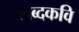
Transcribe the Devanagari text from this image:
शब्दकवि